Civil Veterinary Department. Madras. Admin. report 1926-33 - 1926-1933
Year: 1926
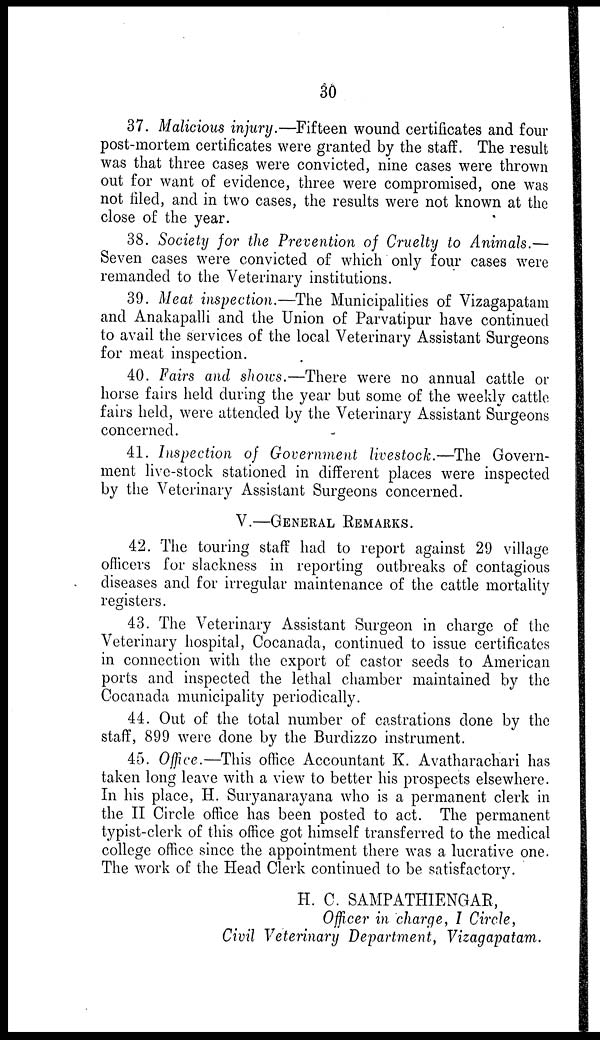
30
37. Malicious injury.—Fifteen wound certificates and four
post-mortem certificates were granted by the staff. The result
was that three cases were convicted, nine cases were thrown
out for want of evidence, three were compromised, one was
not filed, and in two cases, the results were not known at the
close of the year.
38. Society for the Prevention of Cruelty to Animals.—
Seven cases were convicted of which only four cases were
remanded to the Veterinary institutions.
39. Meat inspection.—The Municipalities of Vizagapatam
and Anakapalli and the Union of Parvatipur have continued
to avail the services of the local Veterinary Assistant Surgeons
for meat inspection.
40. Fairs and shows.—There were no annual cattle or
horse fairs held during the year but some of the weekly cattle
fairs held, were attended by the Veterinary Assistant Surgeons
concerned.
41. Inspection of Government livestock.—The Govern-
ment live-stock stationed in different places were inspected
by the Veterinary Assistant Surgeons concerned.
V.—GENERAL REMARKS.
42. The touring staff had to report against 29 village
officers for slackness in reporting outbreaks of contagious
diseases and for irregular maintenance of the cattle mortality
registers.
43. The Veterinary Assistant Surgeon in charge of the
Veterinary hospital, Cocanada, continued to issue certificates
in connection with the export of castor seeds to American
ports and inspected the lethal chamber maintained by the
Cocanada municipality periodically.
44. Out of the total number of castrations done by the
staff, 899 were done by the Burdizzo instrument.
45. Office.—This office Accountant K. Avatharachari has
taken long leave with a view to better his prospects elsewhere.
In his place, H. Suryanarayana who is a permanent clerk in
the II Circle office has been posted to act. The permanent
typist-clerk of this office got himself transferred to the medical
college office since the appointment there was a lucrative one.
The work of the Head Clerk continued to be satisfactory.
H. C. SAMPATHIENGAR,
Officer in charge, I Circle,
Civil Veterinary Department, Vizagapatam.